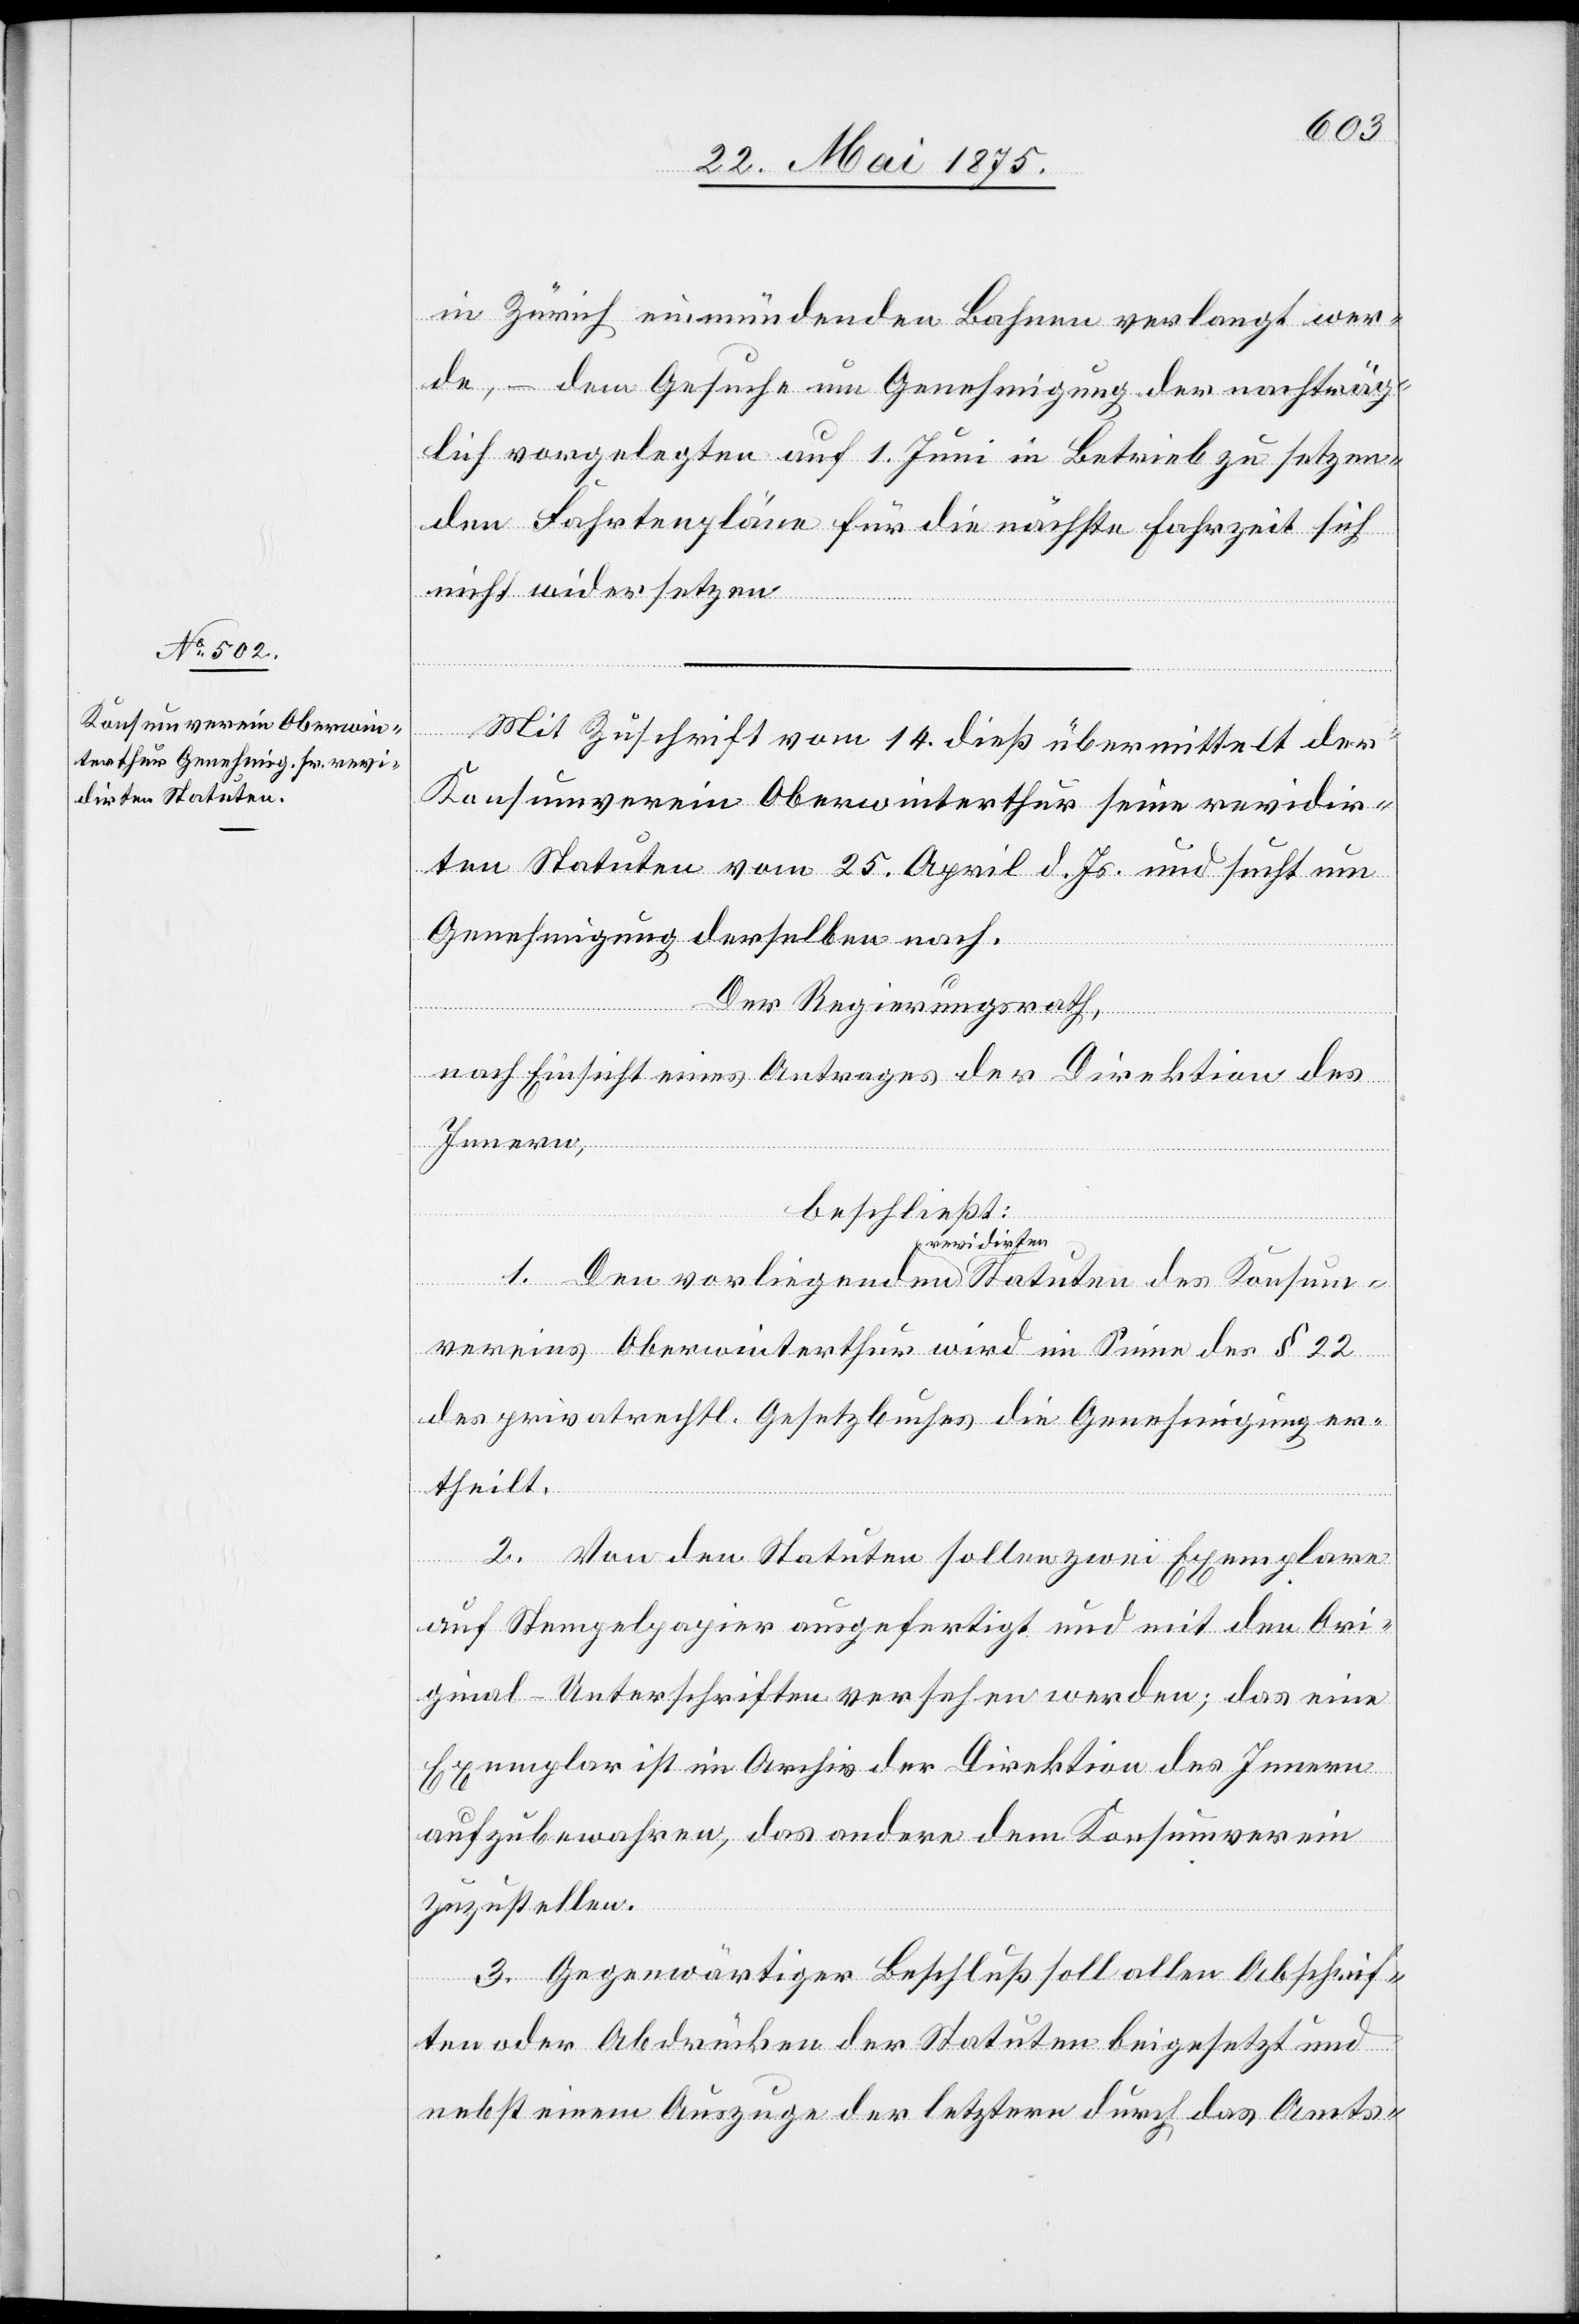
dirten Statuten

in Zürich einmündenden Bahnen verlangt wer¬
de, – dem Gesuche um Genehmigung der nachträg¬
lich vorgelegten auf 1. Juni in Betrieb zu setzen¬
den Fahrtenpläne für die nächste Fahrzeit sich
nicht widersetzen.
Mit Zuschrift vom 14. dieß übermittelt der
Konsumverein Oberwinterthur seine revidir¬
ten Statuten vom 25. April d. Js. und sucht um
Genehmigung derselben nach.
1.
Der Regierungsrath,
nach Einsicht eines Antrages er Direktion des
Innern,
beschließt:
vereines Oberwinterthur wird im Sinne des § 22
des privatrechtl. Gesetzbuches die Genehmigung er¬
theilt.
vorliegenden
2. Von den Statuten sollen zwei Exemplare
auf Stempelpapier ausgefertigt und mit den Ori¬
ginal-Unterschriften versehen werden; das eine
Exemplar ist im Archiv der Direktion des Innern
aufzubewahren, das andere dem Konsumverein
zuzustellen.
3. Gegenwärtiger Beschluß soll allen Abschrif¬
Konsum¬
ten oder Abdrücken der Statuten beigesetzt und
nebst einem Auszuge der letztern durch das Amts-